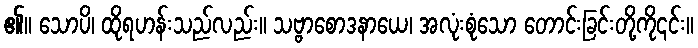
၏။ သောပိ၊ ထိုရဟန်းသည်လည်း။ သဗ္ဗာစောဒနာယေ၊ အလုံးစုံသော တောင်းခြင်းတို့ကို၎င်း။